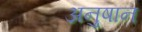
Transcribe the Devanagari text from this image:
अनुषान